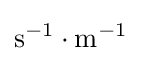
\mathrm {s} ^{-1}\cdot \mathrm {m} ^{-1}